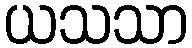
ယသသာ